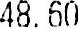
48.60